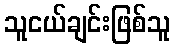
သူငယ်ချင်းဖြစ်သူ